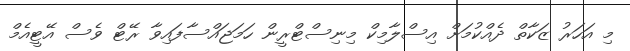
މި އަހަރު ޒަކާތް ދެއްކުމަށް އިސްލާމިކް މިނިސްޓްރީން ހަމަޖައްސާފައިވާ ރޭޓް ވެސް އޭޓީއެމް